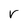
Character: v